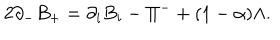
2 \partial _ { - } B _ { + } = \partial _ { i } B _ { i } - \Pi ^ { - } + ( 1 - \alpha ) \Lambda .